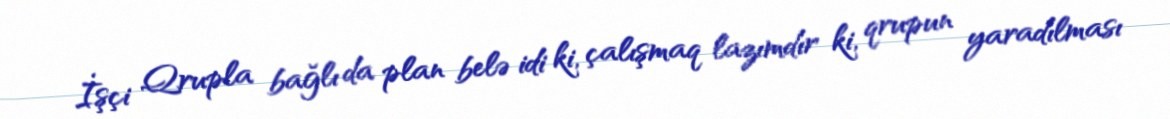
İşçi Qrupla bağlı da plan belə idi ki, çalışmaq lazımdır ki, qrupun yaradılması